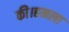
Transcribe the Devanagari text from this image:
की।हमला